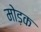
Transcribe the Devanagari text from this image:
मोड़क